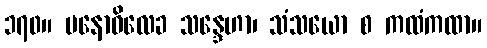
၁၇၀။ မနောဝိလေခ သန္ဒေဟာ၊ သံသယော စ ကထံကထာ။